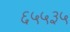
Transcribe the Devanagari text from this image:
६५५३५